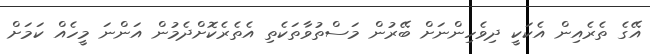
އޭގެ ތެރެއިން އެކަކީ ދިވެހިންނަށް ބޭރުން މަސްތުވާތަކެތި އެތެރެކޮށްދެމުން އަންނަ މީހެއް ކަމަށް